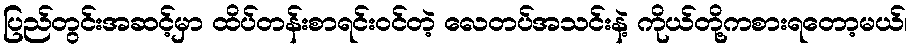
ပြည်တွင်းအဆင့်မှာ ထိပ်တန်းစာရင်းဝင်တဲ့ လေတပ်အသင်းနဲ့ ကိုယ်တို့ကစားရတော့မယ်၊